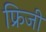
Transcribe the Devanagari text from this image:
फ्रिजी